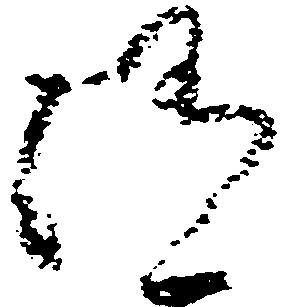
随